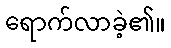
ရောက်လာခဲ့၏။